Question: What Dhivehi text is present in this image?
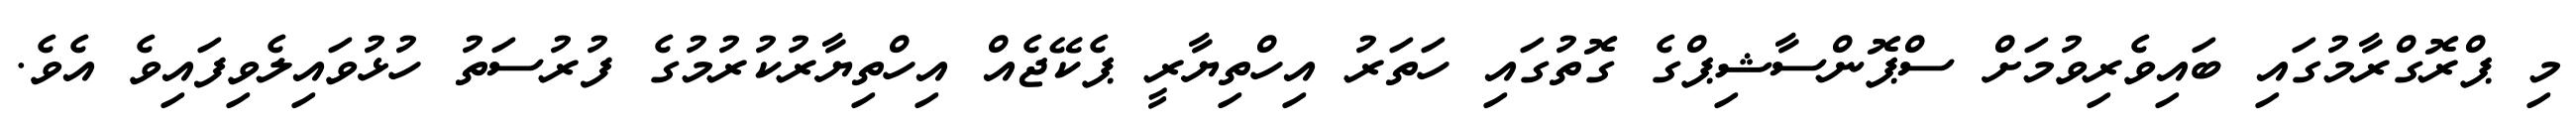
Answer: މި ޕްރޮގްރާމުގައި ބައިވެރިވުމަށް ސްޕޮންސާޝިޕްގެ ގޮތުގައި ހަތަރު އިހްތިޔާރީ ޕެކޭޖެއް އިހްތިޔާރުކުރުމުގެ ފުރުސަތު ހުޅުވައިލެވިފައިވެ އެވެ.